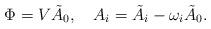
LaTeX: \begin{align*}\Phi=V \tilde{A}_0, \ \ \ A_i=\tilde{A}_i-\omega_i\tilde{A}_0.\end{align*}